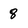
Character: 8